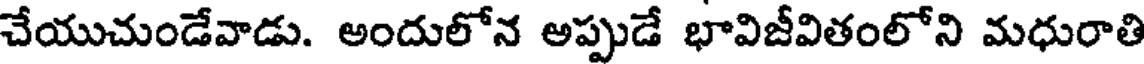
చేయుచుండేవాడు. అందులోన అప్పుడే భావిజీవితంలోని మధురాతి